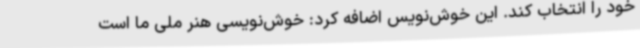
خود را انتخاب کند. این خوش‌نویس اضافه کرد: خوش‌نویسی هنر ملی ما است